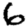
Digit: 6